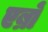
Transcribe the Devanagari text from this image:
एब्रों